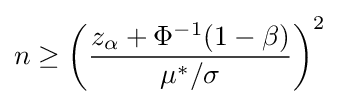
n\geq \left({\frac {z_{\alpha }+\Phi ^{-1}(1-\beta )}{\mu ^{*}/\sigma }}\right)^{2}